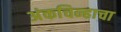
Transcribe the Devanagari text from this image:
अंकचिन्हाचा